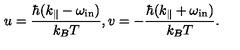
u = \frac { \hbar ( k _ { \| } - \omega _ { \mathrm { i n } } ) } { k _ { B } T } , v = - \frac { \hbar ( k _ { \| } + \omega _ { \mathrm { i n } } ) } { k _ { B } T } .